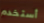
أستخدم